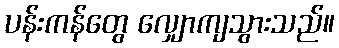
ပန်းကန်တွေ လျှောကျသွားသည်။